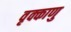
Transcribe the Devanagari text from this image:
वृक्काणु